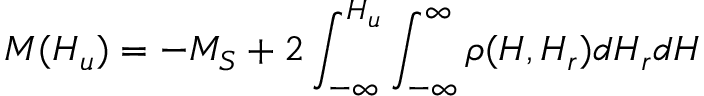
M ( H _ { u } ) = - M _ { S } + 2 \int _ { - \infty } ^ { H _ { u } } \int _ { - \infty } ^ { \infty } \rho ( H , H _ { r } ) d H _ { r } d H